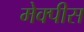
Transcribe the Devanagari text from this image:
मेक्पीस